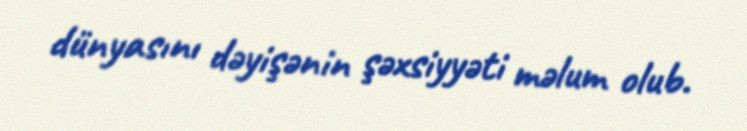
dünyasını dəyişənin şəxsiyyəti məlum olub.